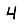
Digit: 4